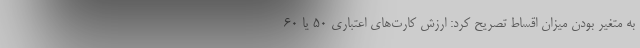
به متغیر بودن میزان اقساط تصریح کرد: ارزش کارت‌های اعتباری 50 یا 60